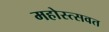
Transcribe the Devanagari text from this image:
महोस्त्सवत